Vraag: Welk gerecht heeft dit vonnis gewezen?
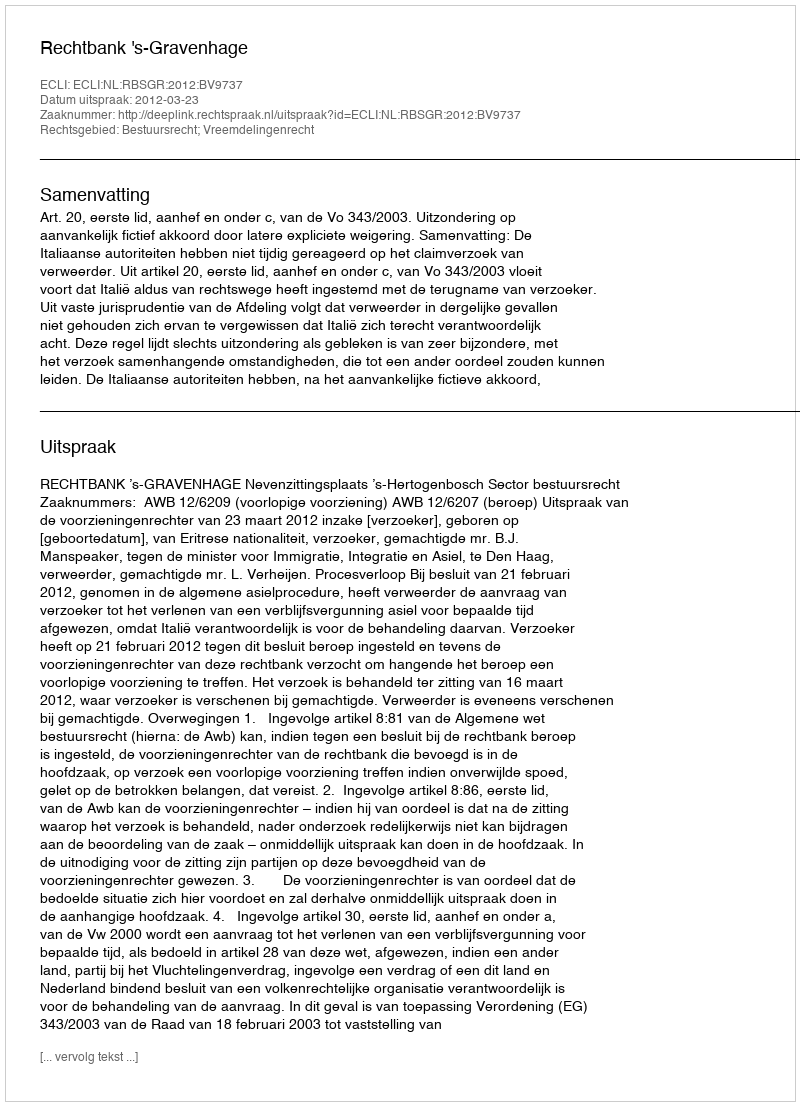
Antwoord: Rechtbank 's-Gravenhage